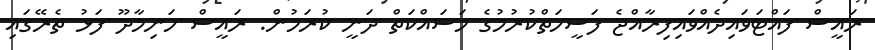
ރައީސް ފައްޓަވައިދެއްވައިފިރާއްޖެ ފަޟީހަތްކުރުމުގެ މަސައްކަތް ދަނީ ކުރަމުން: ރައީސް ހަނިމާދޫ ފަޅު ތެރޭގައި